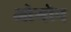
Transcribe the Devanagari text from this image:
ओगोन